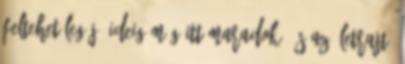
feltehetőleg jó ideig még itt maradok. És az életrajt,